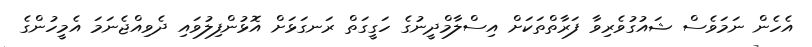
އެހެން ނަމަވެސް ޝައުގުވެރިވާ ފަރާތްތަކަށް އިސްލާމްދީނުގެ ހަގީގަތް ރަނގަޅަށް އޮޅުންފިލުވައި ދެވިއްޖެނަމަ އެމީހުންގެ